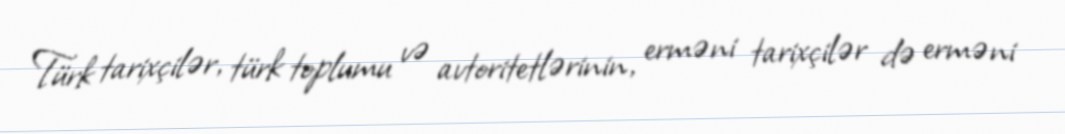
Türk tarixçilər, türk toplumu və avtoritetlərinin, erməni tarixçilər də erməni